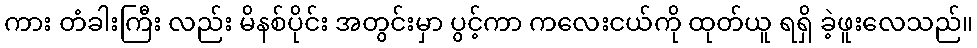
ကား တံခါးကြီး လည်း မိနစ်ပိုင်း အတွင်းမှာ ပွင့်ကာ ကလေးငယ်ကို ထုတ်ယူ ရရှိ ခဲ့ဖူးလေသည်။